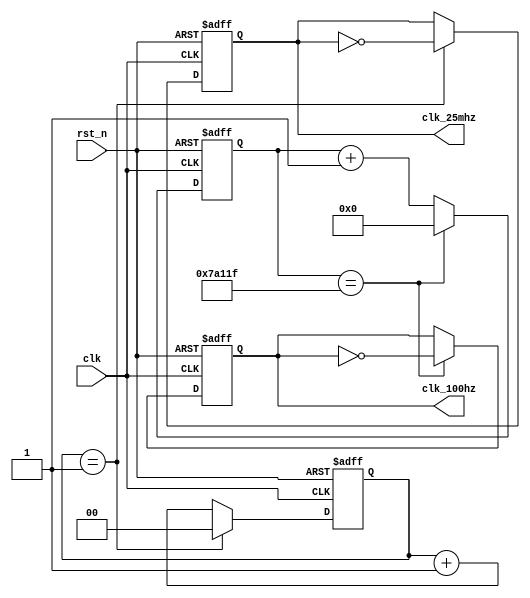
module clk_div(rst_n, clk, clk_100hz, clk_25mhz);
    input rst_n;
    input clk;
    output reg clk_100hz;
    output reg clk_25mhz;

    localparam NumBits_1m = $clog2(1000000);
    localparam NumBits_4 = $clog2(4);
    reg [NumBits_4 - 1 : 0] cnt_4;
    reg [NumBits_1m - 1 : 0] cnt_1m;

    always@(posedge clk or negedge rst_n) begin
        if(!rst_n)
            cnt_4 <= 'b0;
        else if(cnt_4 == 2'd1)
            cnt_4 <= 'b0;
        else
            cnt_4 <= cnt_4 + 1'b1;
    end

    always@(posedge clk or negedge rst_n) begin
        if(!rst_n)
            cnt_1m <= 'b0;
        else if(cnt_1m == 'd499999)
            cnt_1m <= 'b0;
        else
            cnt_1m <= cnt_1m + 1'b1;
    end

    always@(posedge clk or negedge rst_n) begin
        if(!rst_n)
            clk_25mhz <= 1'b0;
        else if(cnt_4 == 2'd1)
            clk_25mhz <= !clk_25mhz;
        else
            clk_25mhz <= clk_25mhz;
    end

    always@(posedge clk or negedge rst_n) begin
        if(!rst_n)
            clk_100hz <= 1'b0;
        else if(cnt_1m == 'd499999)
            clk_100hz <= !clk_100hz;
        else
            clk_100hz <= clk_100hz;
    end
    
endmodule